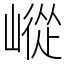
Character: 嵷